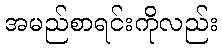
အမည်စာရင်းကိုလည်း